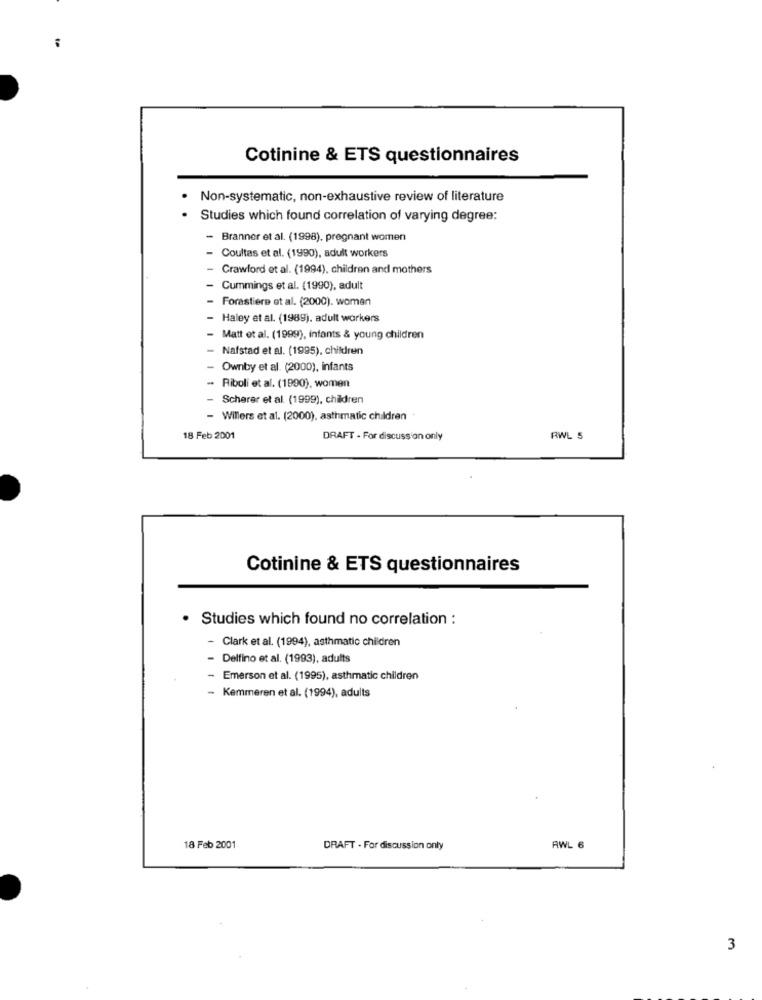
Cotinine & ETS questionnaires
Non-systematic, non-exhaustive review of literature
Studies which found correlation of varying degree:
- Branner et al. (1998), pregnant women
Coultas et al. (1990), adult workers
- Crawford et al. (1994), children and mothers
- Cummings et al. (1990), adult
Forastiere et al. (2000). woman
Haley et al. (1989). adult workers
Matt et al. (1999), infants & young children
Nafstad et al. (1995), children
Ownby et al. (2000), infants
Riboli et al. (1990), women
Scherer et al. (1999), children
- Willers et al. (2000), asthmatic children
18 Feb 2001
DRAFT - For discussion only
RWL 5
Cotinine & ETS questionnaires
· Studies which found no correlation :
Clark et al. (1994), asthmatic children
Delfino et al. (1993), adults
Emerson et al. (1995), asthmatic children
Kemmeren et al. (1994), adults
18 Feb 2001
DRAFT . For discussion only
RWL 6
3